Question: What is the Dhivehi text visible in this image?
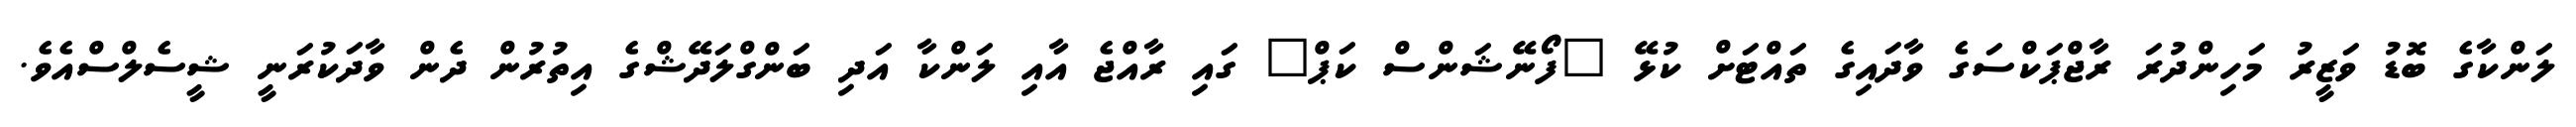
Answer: ލަންކާގެ ބޮޑު ވަޒީރު މަހިންދުރަ ރާޖްޕަކްސަގެ ވާދައިގެ ތައްޓަށް ކުޅޭ "ފޯނޭޝަންސް ކަޕް" ގައި ރާއްޖެ އާއި ލަންކާ އަދި ބަންގްލަދޭޝްގެ އިތުރުން ދެން ވާދަކުރަނީ ޝީސެލްސްއެވެ.